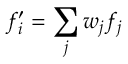
f _ { i } ^ { \prime } = \sum _ { j } w _ { j } f _ { j }